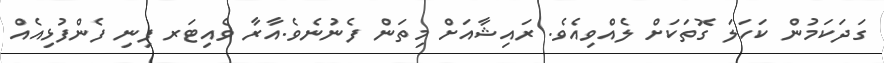
ގަދަކަމުން ކަހަލަ ގޮތަކަށް ލެއްވިއެވެ. ރައިޝާއަށް މިތަން ފެނުނެވެ.އާރާ ވެއިޓަރ ފިނި ފެންފުޅިއެއް